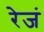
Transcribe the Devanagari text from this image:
रेजं